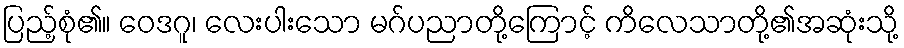
ပြည့်စုံ၏။ ဝေဒဂူ၊ လေးပါးသော မဂ်ပညာတို့ကြောင့် ကိလေသာတို့၏အဆုံးသို့